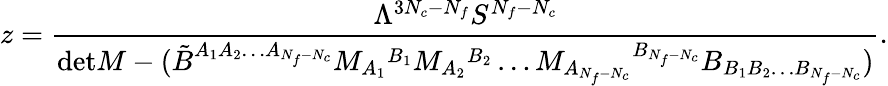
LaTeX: z=\frac{\Lambda^{3N_{c}-N_{f}}S^{N_{f}-N_{c}}}{\mathrm{det}M-(\tilde{B}^{A_{1}A_{2}\ldots A_{N_{f}-N_{c}}}M_{A_{1}}{}^{B_{1}}M_{A_{2}}{}^{B_{2}}\ldots M_{A_{N_{f}-N_{c}}}{}^{B_{N_{f}-N_{c}}}B_{B_{1}B_{2}\ldots B_{N_{f}-N_{c}}})}.